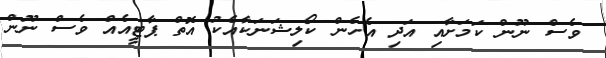
ވެސް ނޫން ކަމަށާއި އަދި އެހެން ކޯލިޝަނަކާއެކު އޮތް ޕާޓީއެއް ވެސް ނޫން